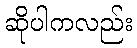
ဆိုပါကလည်း